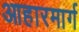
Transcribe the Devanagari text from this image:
आहारमार्ग